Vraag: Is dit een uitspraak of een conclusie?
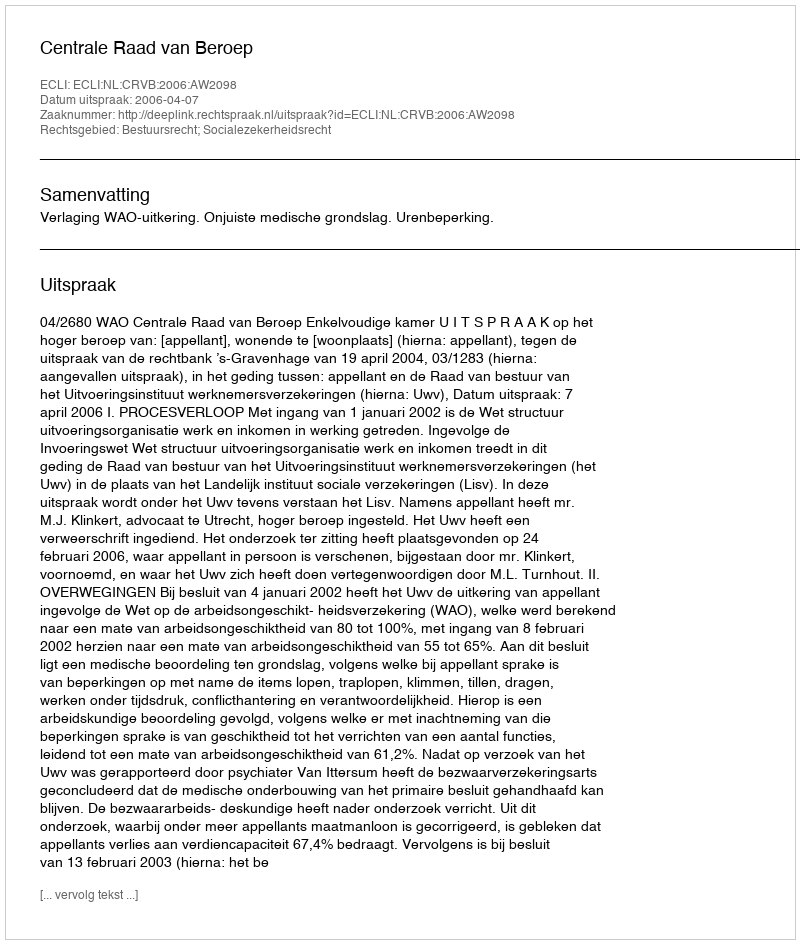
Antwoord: Uitspraak